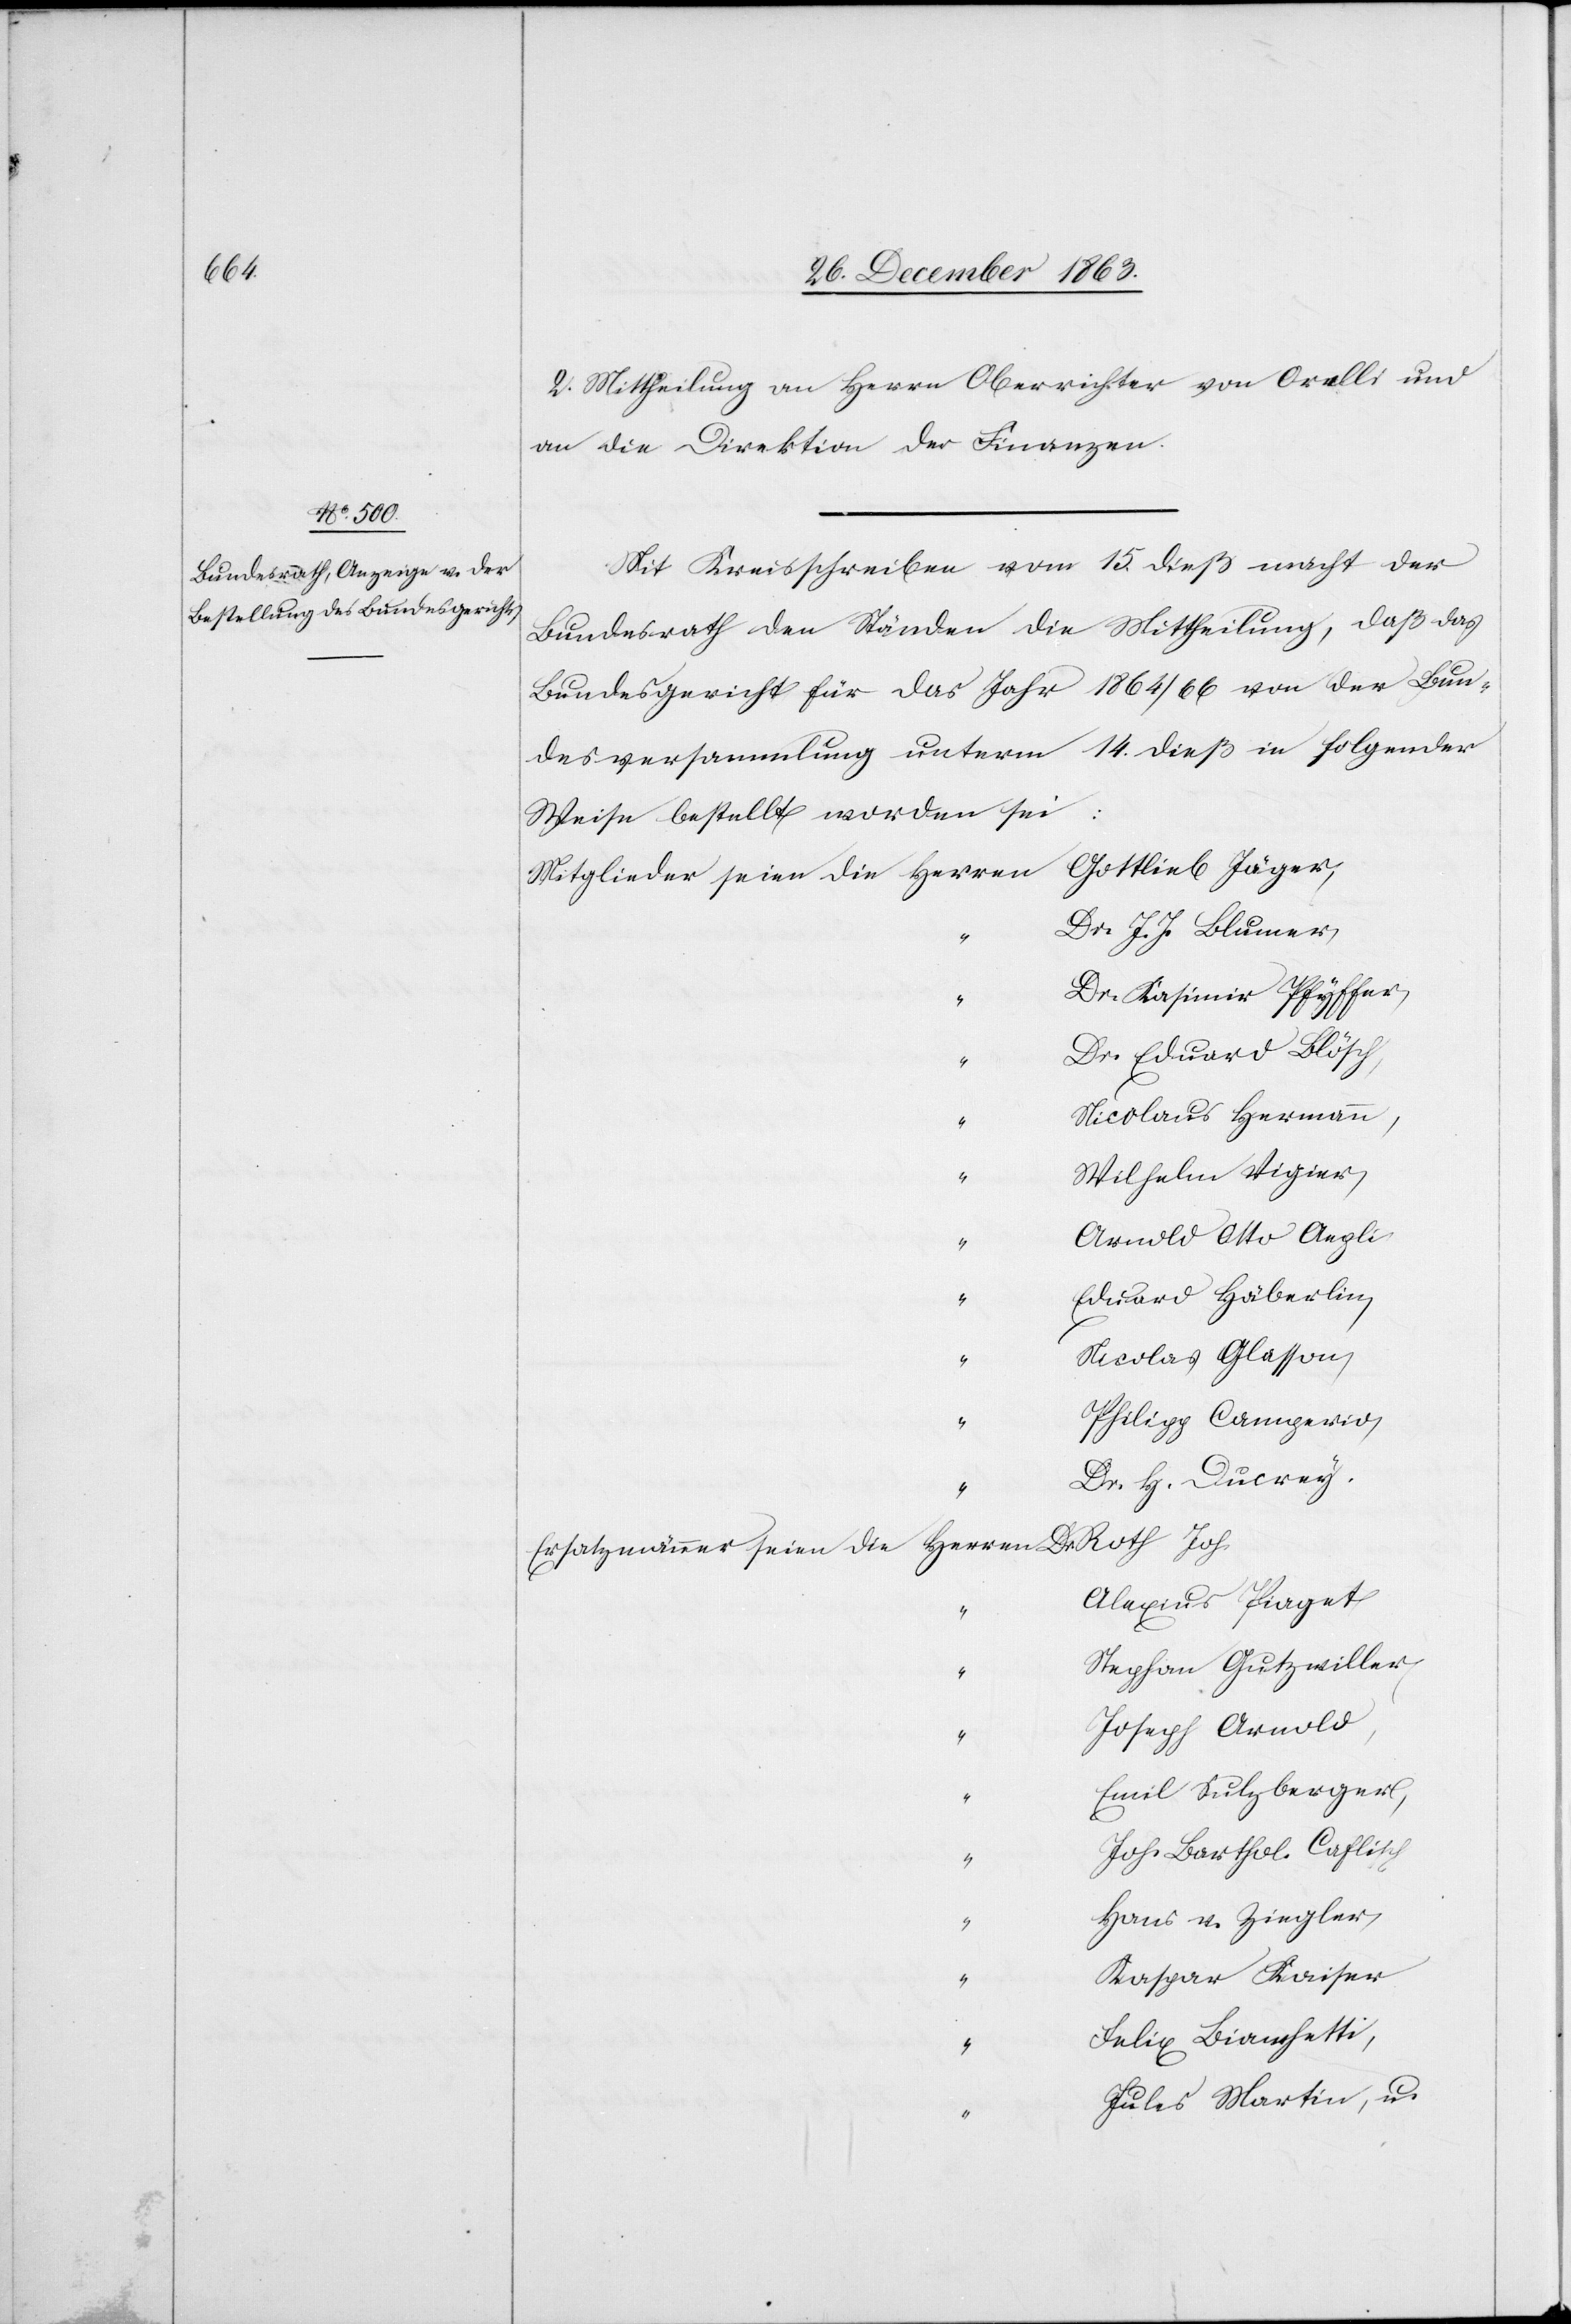
2. Mittheilung an Herrn Oberrichter von Orelli und
an die Direktion der Finanzen.
Mit Kreisschreiben vom 15. dieß macht der
Bundesrath den Ständen die Mittheilung, daß das
Bundesgericht für das Jahr 1864/66 von der Bun¬
desversammlung unterm 14. dieß in folgender
Weise bestellt worden sei:
Gottlieb Jäger,
Dr. J. J. Blumer,
Dr. Kasimir Pfyffer,
Dr. Eduard Blösch,
“
Nicolaus Hermann,
Wilhelm Vigier,
“
Arnold Otto Aepli
Eduard Häberlin,
Nicolas Glasson,
“
Philipp Camperio,
Dr. H. Ducrey.
Alexius Piaget
“
Sephan Gutzwiller,
Joseph Arnold,
Emil Sulzberger,
Joh. Barthol. Caflisch
Hans v. Ziegler,
Kaspar Kaiser
Felix Bianchetti,
“
Jules Martin, u.